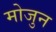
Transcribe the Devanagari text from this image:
मोजुन